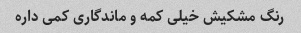
رنگ مشکیش خیلی کمه و ماندگاری کمی داره